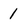
Character: 1